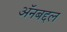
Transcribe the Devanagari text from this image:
अॅनबद्दल